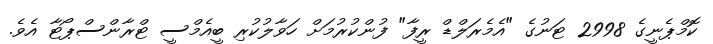
ކޮމްޕެނީގެ 2998 ޓަނުގެ "އެމެރަލްޑް ރީފާ" ފުންކުރުމަށް ހަވާލުކުރި ބީއެމްސީ ޓްރާންސްޕޯޓާ އެވެ.